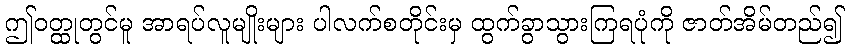
ဤဝတ္ထုတွင်မူ အာရပ်လူမျိုးများ ပါလက်စတိုင်းမှ ထွက်ခွာသွားကြရပုံကို ဇာတ်အိမ်တည်၍